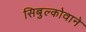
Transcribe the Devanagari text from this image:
सिबुल्कोवाने